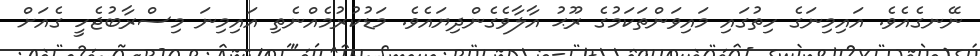
ނޭނގެއެވެ. އައިމިނަގެ ހިތުގައި މައިވަންތަކަމުގެ ރޫޙު އާލާވެގެންދިޔައެވެ. މަޑުކުރުމެއްނެތި އައިމިނަ މިސްރާބުޖެހީ ގެއަށް